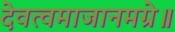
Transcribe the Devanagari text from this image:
देवत्वमाजानमग्रे॥